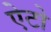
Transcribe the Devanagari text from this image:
ऐटो